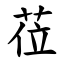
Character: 莅